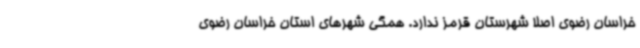
خراسان رضوی اصلا شهرستان قرمز ندارد. همگی شهرهای استان خراسان رضوی